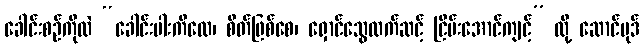
ခေါင်းစဉ်ကိုလဲ “ခေါင်းပါးကိလေ၊ စိတ်ဖြစ်စေ၊ ရှောင်သွေထက်ဆင့် ငြိမ်းအောင်ကျင့်” လို့ ဆောင်ပုဒ်